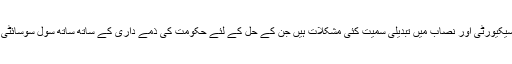
گھر سے دور ہونا ،ٹرانسپوٹیشین،سیکیورٹی اور نصاب میں تبدیلی سمیت کئی مشکلات ہیں جن کے حل کے لئے حکومت کی ذمے داری کے ساتھ ساتھ سول سوسائٹی کو بھی اپنا کردار ادا کرنا چاہیے۔